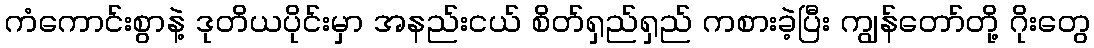
ကံကောင်းစွာနဲ့ ဒုတိယပိုင်းမှာ အနည်းငယ် စိတ်ရှည်ရှည် ကစားခဲ့ပြီး ကျွန်တော်တို့ ဂိုးတွေ